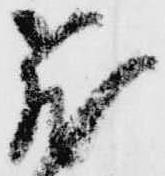
飛